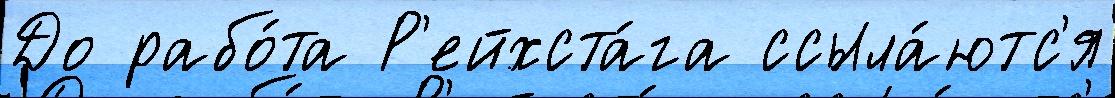
До рабо́та Р'ейхста́га ссыла́ютс'я